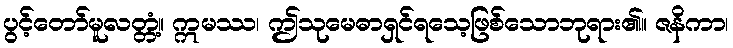
ပွင့်တော်မူလတ္တံ့။ ဣမဿ၊ ဤသုမေဓာရှင်ရသေ့ဖြစ်သောဘုရား၏။ ဇနိကာ၊